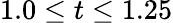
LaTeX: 1.0\leq t\leq 1.25